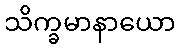
သိက္ခမာနာယော